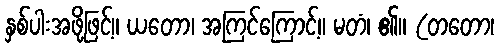
နှစ်ပါးအဖို့ဖြင့်။ ယတော၊ အကြင်ကြောင့်။ မတံ၊ ၏။ (တတော၊